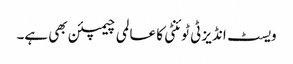
ویسٹ انڈیز ٹی ٹوئنٹی کا عالمی چیمپئن بھی ہے۔